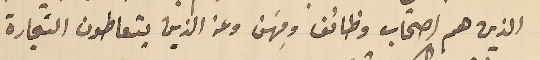
الذين هم اصحاب وظائف ومِهَن وعن الذين يتعاطون التجارة